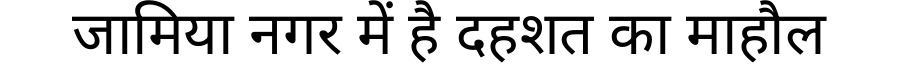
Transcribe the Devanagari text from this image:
जामिया नगर में है दहशत का माहौल